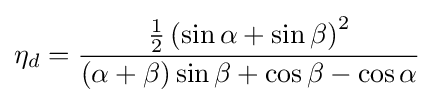
{\eta }_{d}={\frac {{\frac {1}{2}}\left(\sin {\alpha }+\sin {\beta }\right)^{2}}{\left(\alpha +\beta \right)\sin {\beta }+\cos {\beta }-\cos {\alpha }}}